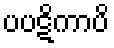
ပပဋိကာပိ